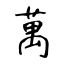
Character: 萬